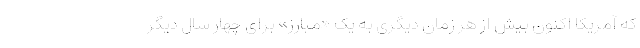
که آمریکا اکنون بیش از هر زمان دیگری به یک «مبارز» برای چهار سال دیگر